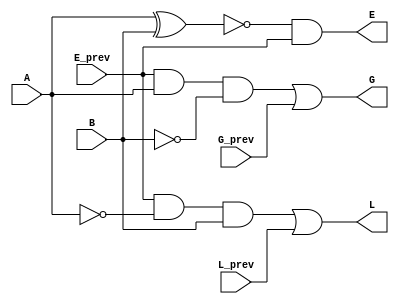
module one_bit_comp(A, B, L_prev, E_prev, G_prev, L, E, G);

    input A, B, L_prev, E_prev, G_prev;

    output L, E, G;

    // when L_prev = 1 OR when previous sets of bits were equal AND and current bit of A is smaller (which is 0) to that of B(which is 1) 
    assign L= (E_prev & (~A) & B) | L_prev ;

    // when E_prev = 1 AND currents set bits are equal
    assign E =  (~(A^B)) & E_prev;
    
    // when G_prev = 1 OR when previous were equal AND current bit of A is larger (which is 1) to that of B (which is 0)
    assign G = (E_prev & A & (~B)) | G_prev;
    
endmodule